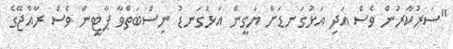
"ސަރުކާރުން ވެސް އަދި އަޅުގަނޑަށް ޔަގީން އަޅުގަނޑު ނިސްބަތްވާ ޕާޓީން ވެސް ރާއްޖޭގެ